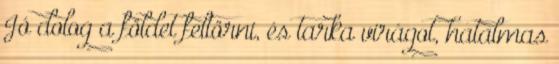
Jó dolog a földet feltörni, és tarka virágot, hatalmas